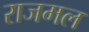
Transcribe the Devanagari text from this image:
राजमल